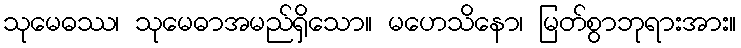
သုမေဓဿ၊ သုမေဓာအမည်ရှိသော။ မဟေသိနော၊ မြတ်စွာဘုရားအား။